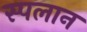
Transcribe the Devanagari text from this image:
स्पलान